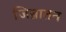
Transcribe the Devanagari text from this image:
जिन्नातन